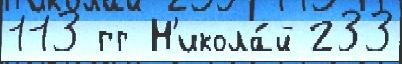
113 гг Н'икола́й 233